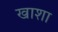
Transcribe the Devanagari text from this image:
खाशा